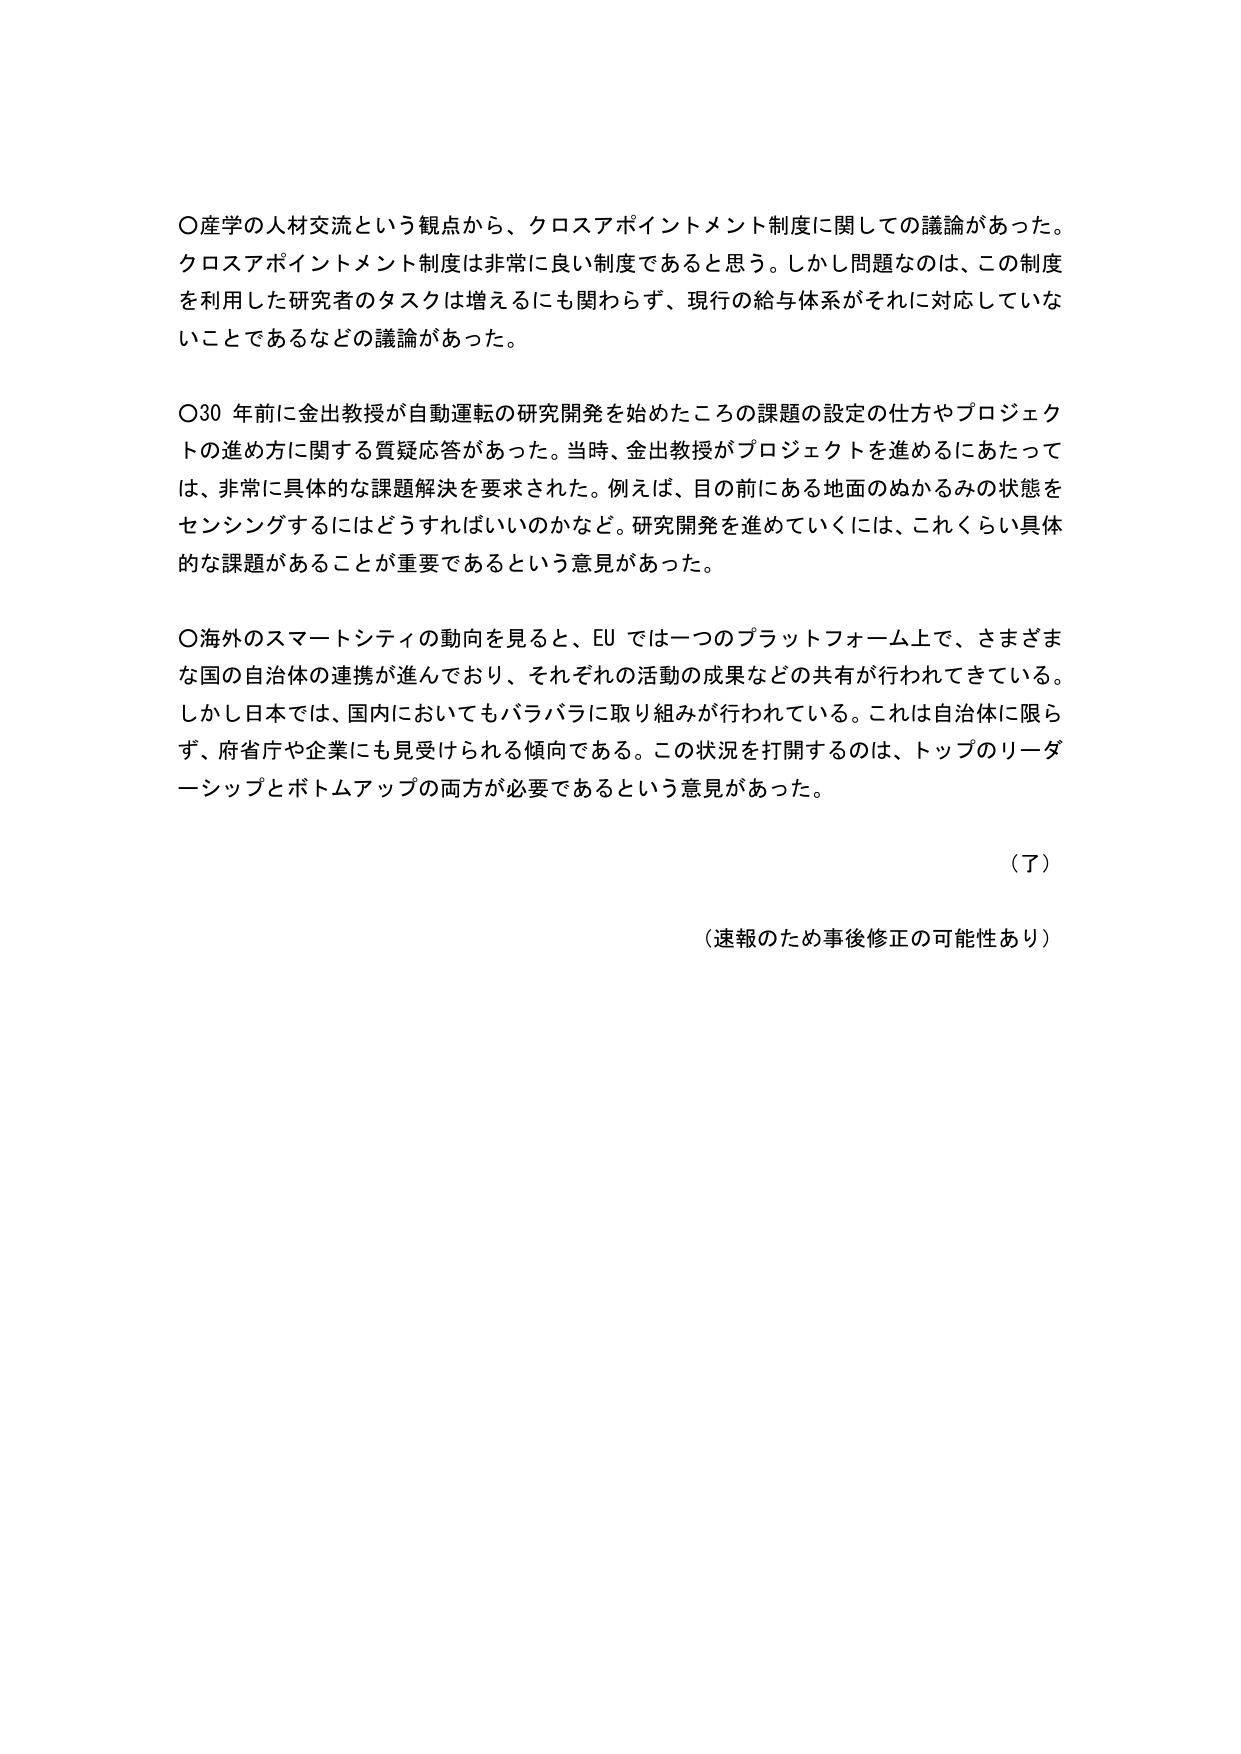
〇産学の人材交流という観点から、クロスアポイントメント制度に関しての議論があった。クロスアポイントメント制度は非常に良い制度であると思う。しかし問題なのは、この制度を利用した研究者のタスクは増えるにも関わらず、現行の給与体系がそれに対応していないことであるなどの議論があった。

〇30 年前に金出教授が自動運転の研究開発を始めたころの課題の設定の仕方やプロジェクトの進め方に関する質疑応答があった。当時、金出教授がプロジェクトを進めるにあたっては、非常に具体的な課題解決を要求された。例えば、目の前にある地面のぬかるみの状態をセンシングするにはどうすればいいのかなど。研究開発を進めていくには、これくらい具体的な課題があることが重要であるという意見があった。

〇海外のスマートシティの動向を見ると、EU では一つのプラットフォーム上で、さまざまな国の自治体の連携が進んでおり、それぞれの活動の成果などの共有が行われてきている。しかし日本では、国内においてもバラバラに取り組みが行われている。これは自治体に限らず、府省庁や企業にも見受けられる傾向である。この状況を打開するのは、トップのリーダーシップとボトムアップの両方が必要であるという意見があった。

（了）

（速報のため事後修正の可能性あり）